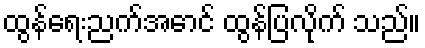
ထွန်ရေးညက်အောင် ထွန်ပြလိုက် သည်။